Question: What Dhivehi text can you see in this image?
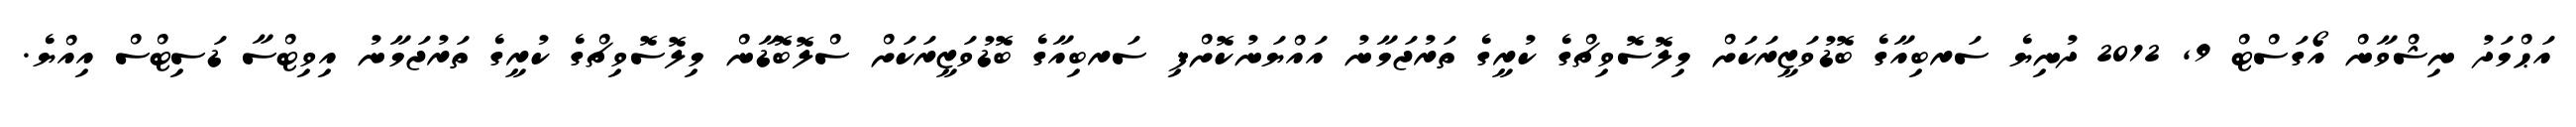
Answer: އަޙްމަދު ނިޝްވާން އޯގަސްޓް 9, 2012 ދުނިޔެ ސަރބިއާގެ ބޮޑުވަޒީރަކަށް މިލޮސޮވިޗްގެ ކުރީގެ ތަރުޖަމާނު އައްޔަނުކޮށްފި ސަރބިއާގެ ބޮޑުވަޒީރަކަށް ސްލޮބޮޑާން މިލޮސޮވިޗްގެ ކުރީގެ ތަރުޖަމާނު އިވިޓްސާ ޑަސިޓްސް އިއްޔެ.